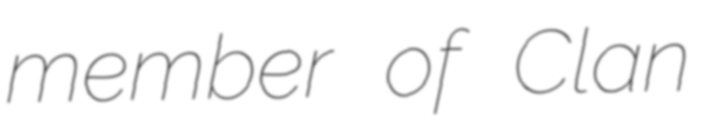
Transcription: member of Clan